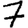
Digit: 7